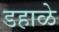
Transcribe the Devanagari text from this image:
डहाळे